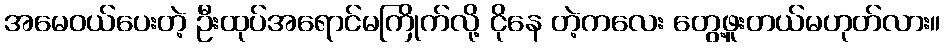
အမေဝယ်ပေးတဲ့ ဦးထုပ်အရောင်မကြိုက်လို့ ငိုနေ တဲ့ကလေး တွေ့ဖူးတယ်မဟုတ်လား။